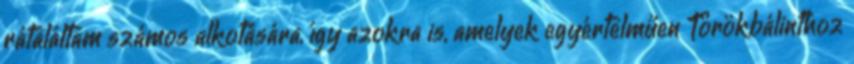
rátaláltam számos alkotására, így azokra is, amelyek egyértelműen Törökbálinthoz